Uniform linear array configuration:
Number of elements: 64
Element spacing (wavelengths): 0.75
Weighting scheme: blackman
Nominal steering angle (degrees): -60
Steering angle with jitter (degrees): -59.998
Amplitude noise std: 0.05
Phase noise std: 0.05

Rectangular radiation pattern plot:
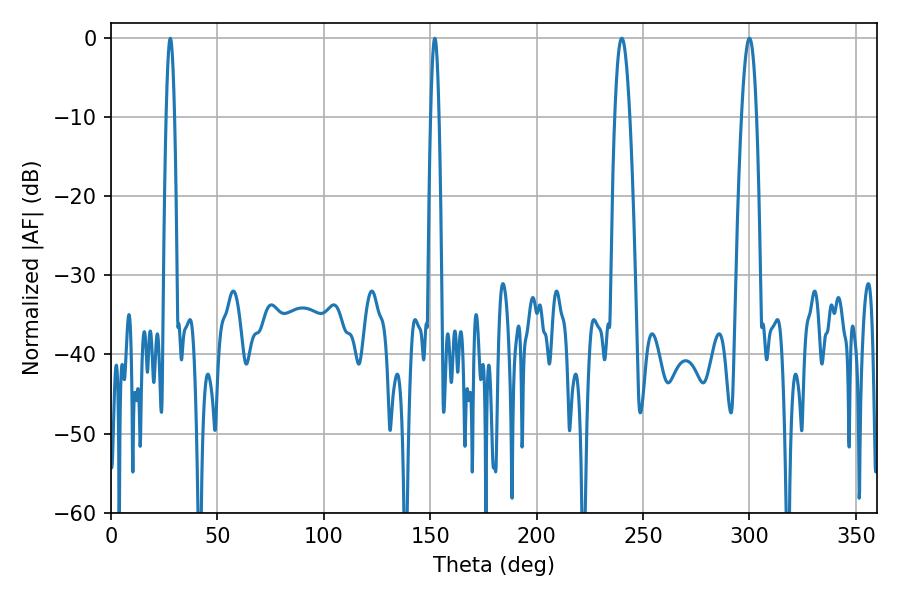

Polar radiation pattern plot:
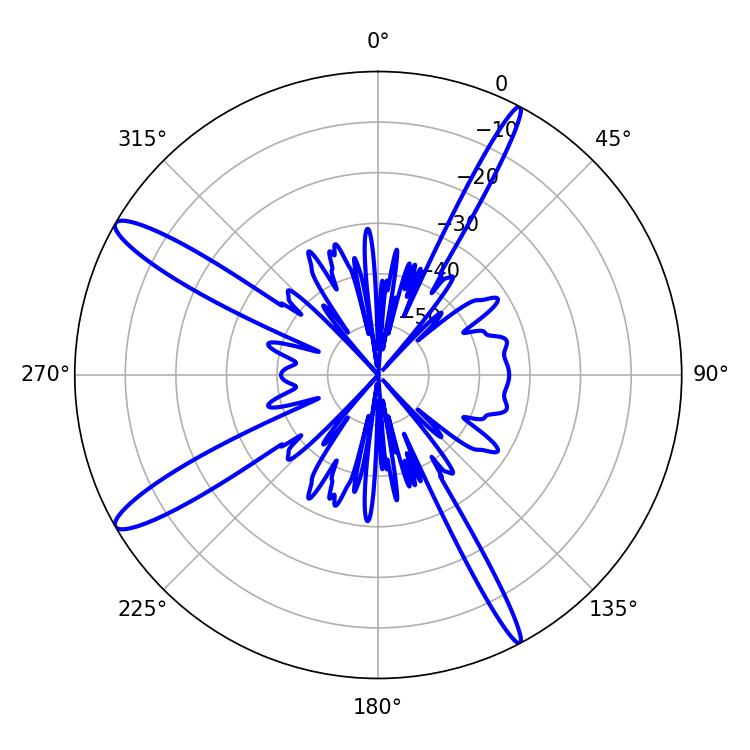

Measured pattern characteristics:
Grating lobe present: TRUE
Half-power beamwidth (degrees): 3.78
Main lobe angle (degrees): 239.94